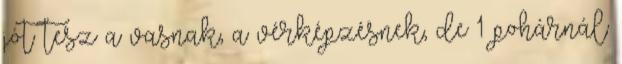
jót tesz a vasnak, a vérképzésnek, de 1 pohárnál